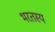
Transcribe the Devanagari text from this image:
भरतस्य